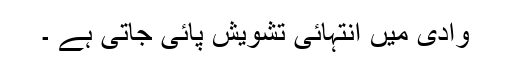
وادی میں انتہائی تشویش پائی جاتی ہے ۔